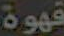
قهوة